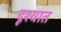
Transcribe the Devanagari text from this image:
दृश्यात